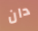
دان